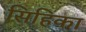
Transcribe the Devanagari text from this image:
सिहिका